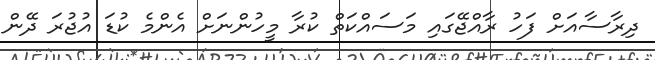
ދިރާސާއަށް ފަހު ރާއްޖޭގައި މަސައްކަތް ކުރާ މީހުންނަށް އެންމެ ކުޑަ އުޖުރަ ދޭން